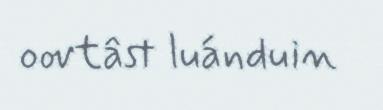
oovtâst luánduin